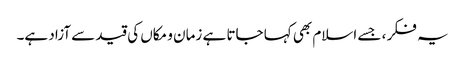
یہ فکر ، جسے اسلام بھی کہا جاتا ہے زمان و مکاں کی قید سے آزاد ہے۔